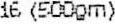
16 (500GM)